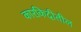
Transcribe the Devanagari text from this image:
कारकिदीतील